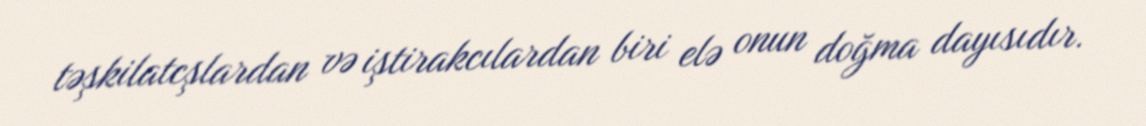
təşkilatcşlardan və iştirakcılardan biri elə onun doğma dayısıdır.